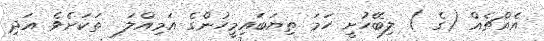
އެއްޗެއް (ގެ ) ލިބޭހުށީ ހަމަ ތިޔަބައިމީހުންގެ އަމިއްލަ  ތަކަށެވެ. އަދި